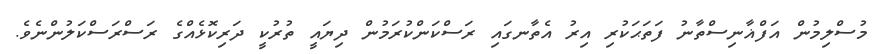
މުސްލިމުން އަފްޣާނިސްތާނު ފަތަޙަކުރި އިރު އެތާނގައި ރަސްކަންކުރަމުން ދިޔައީ ތުރުކީ ދަރިކޮޅެއްގެ ރަސްރަސްކަލުންނެވެ.